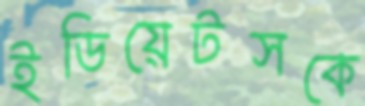
ইডিয়েটসকে